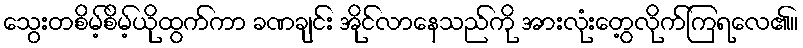
သွေးတစိမ့်စိမ့်ယိုထွက်ကာ ခဏချင်း အိုင်လာနေသည်ကို အားလုံးတွေ့လိုက်ကြရလေ၏။